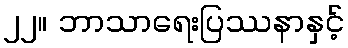
၂၂။ ဘာသာရေးပြဿနာနှင့်